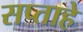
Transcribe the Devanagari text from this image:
सप्ताहे